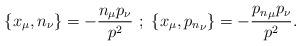
LaTeX: \begin{align*}\{x_{\mu},n_{\nu}\}=-\frac{n_{\mu}p_{\nu}}{p^{2}}~;~\{x_{\mu},{p_n}_{\nu}\}=-\frac{{p_n}_{\mu}p_{\nu}}{p^{2}}.\end{align*}